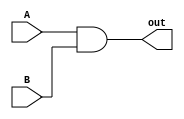
`timescale 1ns / 1ps
module and_gate(
    input A,
    input B,
    output out
    );

assign out = A&B;

endmodule